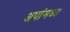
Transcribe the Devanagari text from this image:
अपांमध्य